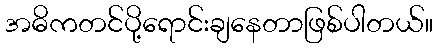
အဓိကတင်ပို့ရောင်းချနေတာဖြစ်ပါတယ်။